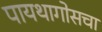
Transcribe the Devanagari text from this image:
पायथागोसचा